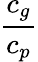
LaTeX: \displaystyle{\frac{c_{g}}{c_{p}}}